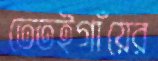
তেতইগাঁয়ের